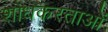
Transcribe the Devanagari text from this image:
शोधकरताओं